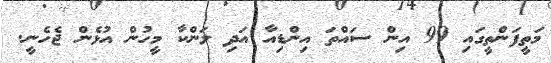
މަތީފަންތީގައި 99 އިން ސައްތަ އިންޑިއާ އަދި ލަންކާ މީހުން އުޅެން ޖެހެނީ.